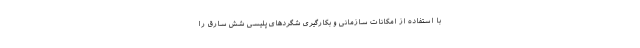
با استفاده از امکانات سازمانی و بکارگیری شگردهای پلیسی شش سارق را